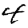
Digit: 4